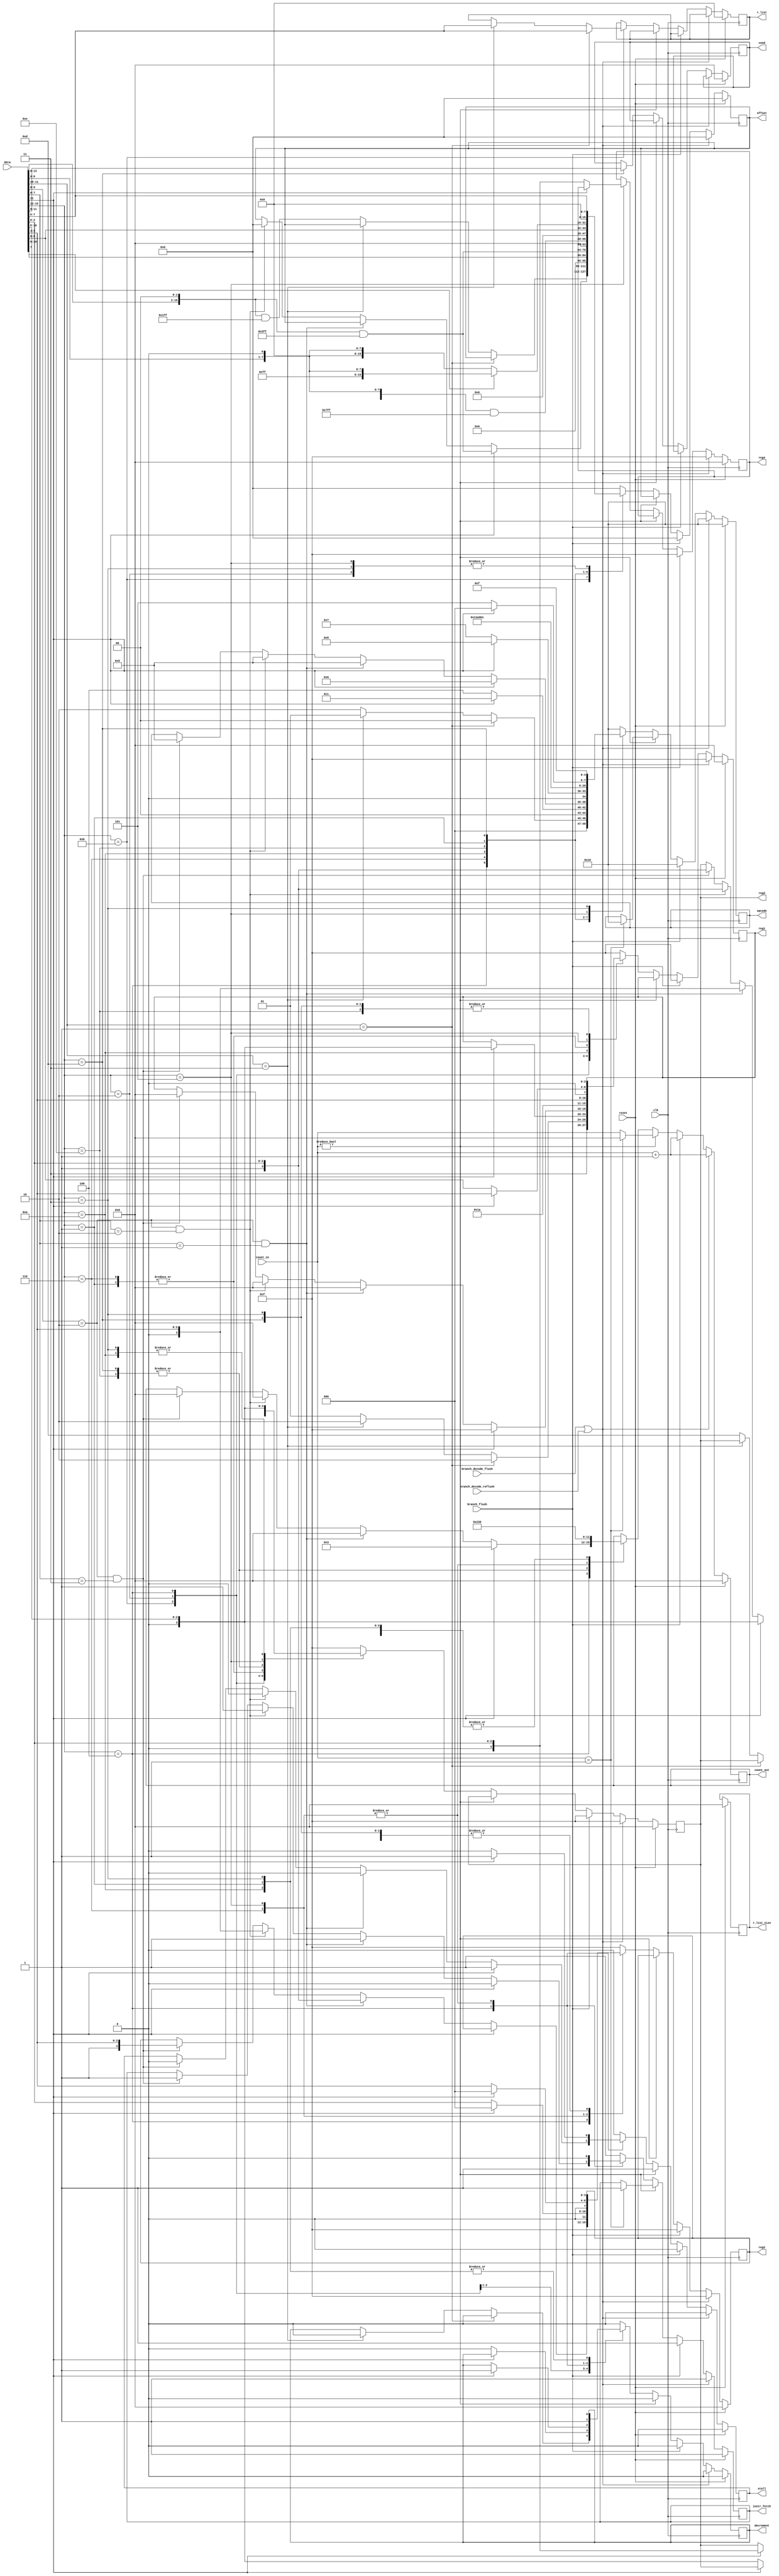
/**
Instruction Decode block
This block accepts instuction code as an input.
The output of the blocks are two registers in operation and an offset, if applicable.
*/
module decode(
	clk,
	data,
	reset,
	branch_flush,
	reg1,
	reg2,
	reg3,
	reg4,
	r_list,
	r_list_size,
	cond,
	offset,
	opcode,
	stall,
	count_in, 
	count_out,
	decrement,
	instr_fetch,
	branch_decode_flush,
	branch_decode_reflush
);

//inputs
input [15:0] data; //instruction code coming from Fetch block
input reset, branch_flush,  branch_decode_flush, branch_decode_reflush, clk; 
input [3:0]count_in;

//outputs
output reg [15:0] offset; //immediate value
output reg [3:0] reg1, reg2, reg3, reg4; //reg1 -> usually sp or pc or lr, reg2 -> source register, reg3 -> destination register
output reg [7:0] r_list; //register list for push and pop instructions
output reg [3:0] cond; //condtion for branching
output reg [3:0] r_list_size, count_out; //count of the registers to be pushed or popped excluding LR
output reg [4:0] opcode; //5 bit opcode
output reg stall, decrement, instr_fetch; //signal to stop PC from incrementing


localparam  PUSH = 0, POP = 1, SUB_SP = 2, CMP = 3, MOVS = 4, MOV = 5, LDR = 6, STR = 7, 
            LDR_NOP = 8, ADD_SP = 9, BRANCH_NC = 10, ADDS_3OP = 11, BRANCH_C = 12, STRB = 13, LDRB = 14, ADDS_2OP = 15, NOP = 16;


always @ (posedge clk) begin
	if(reset) begin
		reg1 <= 4'b0;
		reg2 <= 4'b0;
		reg3 <= 4'b0;
		reg4 <= 4'b0;
		r_list <= 8'b0;
		r_list_size <= 3'b0;
		cond <= 4'b0;
		offset <= 16'b0;
		opcode <= 5'b10000;
		stall <= 1'b0;
		   	//intrs_out - 1 ; mem_data_out - 0
		count_out <= 0;
		decrement <= 0;
		instr_fetch<=1;
		//display("Reset");
	end

	else if(branch_decode_flush||branch_decode_reflush) begin
		//display("DECODE DEFAULT %h", data);
		reg1 <= 4'b1111;
		reg2 <= 4'b1111;
		reg3 <= 4'b1111;
		reg4 <= 4'b1111;
		offset <= 16'b0;
		opcode <= 5'b10000;
		stall <=0;
		instr_fetch<=1;	  
		decrement <= 0;
		count_out<=count_in+1;				
		end

	else if(branch_flush) begin
		//display("DECODE DEFAULT %h", data);
		reg1 <= 4'b1111;
		reg2 <= 4'b1111;
		reg3 <= 4'b1111;
		offset <= 16'b0;
		reg4 <= 4'b1111;
		opcode <= 5'b10000;
		stall <=0;
		instr_fetch<=1;	  
		decrement <= 0;
		count_out<=count_in+1;				
		end
	
	else begin
	if(count_in) begin
		
		count_out <= count_in;
		decrement <= 0;
		stall <= 1'b1;
		//display("Count %h", count_in); 
		
		if(count_in == 1'b1) begin
			//stall <= 0;
			count_out <= 0;
			opcode <=5'b10000;
			instr_fetch<=1;
		end
		
		
	end
	
	else begin
	
	case(data[15:12]) 
				
				4'hB: begin 
					if(data[11:10]==2'b01) begin
						//PUSH r_list, lr
						//display("DECODE Push to Stack %h", data);				
						reg1 <= 4'b1110; //LR
						r_list <= data[7:0];
						//r_list_size <= r_list[0] + r_list[1] + r_list[2] + r_list[3] + r_list[4] + r_list[5] + r_list[6] + r_list[7];
						opcode <= PUSH;
						stall <=0;
						instr_fetch<=1;   
						count_out <= 0;
						decrement <= 0;
						//count_out <= r_list[0] + r_list[1] + r_list[2] + r_list[3] + r_list[4] + r_list[5] + r_list[6] + r_list[7];
					end
					else if (data[11:10]==2'b11) begin
						//POP rlist, lr
						//display("DECODE Pull from Stack");
						reg1 <= 4'b1110; //LR
						r_list <= data[7:0]; 
						//r_list_size <= r_list[0] + r_list[1] + r_list[2] + r_list[3] + r_list[4] + r_list[5] + r_list[6] + r_list[7];
						opcode <= POP;
						stall <=0;
						instr_fetch<=1; 
						count_out <= 0;
						decrement <= 0;  
						//count <= r_list[0] + r_list[1] + r_list[2] + r_list[3] + r_list[4] + r_list[5] + r_list[6] + r_list[7];
					end
					else begin
						//SUB SP,Imm
						//display("DECODE Subtract offset from Static Pointer %h", data);
						reg1 <= 4'b1101; //SP
						reg3 <= 4'b1101;
						offset <= ((data << 2) & 16'h01ff);
						opcode <= SUB_SP;
						stall <=0;
						instr_fetch<=1;      //intrs_out - 1 ; mem_data_out - 0
						count_out <= 0;
					end
				end
	
				4'h2: begin
					if(data[11]==1'b1) begin
						//CMP r3, imm
						//display("DECODE Compare Immediate");
						reg1 <= {1'b0, data[10:8]};
						offset <= {8'b0, data[7:0]};
						opcode <= CMP;
						stall <=0;
						instr_fetch<=1;   
						count_out <= 0;
					end
					else begin
						//MOVS r3, imm
						//display("DECODE Move Immediate");
						reg3 <= {1'b0, data[10:8]};
						offset <= {8'b0, data[7:0]};	
						opcode <= MOVS;		
						stall <=0;
						instr_fetch<=1;   
						count_out <= 0;
						decrement <= 0;
					end
				end
	
				4'h4: begin
					if(data[11]==1'b0) begin
						//MOV 
						//display("DECODE High Register Operation Exchange");
						if(data[9:8] == 2'b10 && data[7:6] == 2'b01) begin
							//MOV Rd, Hs
							reg1 <= 4'b0;
							reg2 <= {1'b1, data[2:0]};
							reg3 <= {1'b0, data[5:3]};
							opcode <= MOV;
							stall <=0;
							instr_fetch<=1;	   
							count_out <= 0;
						end
						else if(data[9:8] == 2'b10 && data[7:6] == 2'b10) begin
							//MOV Hd, Rs
							reg1 <= 4'b0;
							reg2 <= {1'b0, data[5:3]};
							reg3 <= {1'b1, data[2:0]};
							offset <= 16'b0;
							opcode <= MOV;
							stall <= 1'b0;
							instr_fetch<=1;   
							count_out <= 0;
						end
						else if(data[9:8] == 2'b10 && data[7:6] == 2'b11) begin
							//MOV Hd, Hs
							reg1 <= 4'b0;
							reg2 <= {1'b1,data[5:3]};
							reg3 <= {1'b1,data[2:0]};
							opcode <= MOV;
							stall <=0;
							instr_fetch<=1;   
							count_out <= 0;
						end
					end
					else begin
						//LDR r3, [pc, imm]
						//display("DECODE LDR PC Relative Load %h", data);
						reg1 <= 4'b1111; //PC
						reg3 <= {1'b0, data[10:8]};
						offset <= (data << 2) & 16'h03ff; 
						opcode <= LDR;
						stall <= 1'b1;
						count_out <= 3;
						instr_fetch<=0;   	//intrs_out - 1 ; mem_data_out - 0
						decrement <= 1;
					end
				end
					
				4'h6: begin
					
					offset <= {11'b0, data[10:6]}; 
					if(data[11]==1'b0) begin
						//STR r2, [r3, imm]
						reg1 <= {1'b0, data[5:3]};
						reg2 <= {1'b0, data[2:0]};
						reg3 <= {1'b0, data[2:0]};
						//display("DECODE Store Immediate");					
						opcode <= STR;
						stall <= 1'b0;
						instr_fetch<=0;   //For memory operaations
						count_out <= 3;
						decrement <= 1;
					end
					else begin
					//LDR(NOP) ldr r3, [r3, #0]
						reg1 <= {1'b0, data[5:3]};
						reg2 <= 4'b0;
						reg3 <= {1'b0, data[2:0]};
						//display("DECODE Load Immediate"); 
						opcode <= LDR_NOP;
						stall <=1'b1;
						instr_fetch<=0;   
						count_out <= 3;
						decrement <= 1;
					end
				end

				4'hA: //ADD_SP -> add r7, sp, imm
				begin
					//display("DECODE ADD_SP");
					reg1 <= 4'b1101; //SP
					reg3 <= {1'b0, data[10:8]};
					offset <= (data << 2) & 16'h03ff; 
					opcode <= ADD_SP;
					stall <=0;
					instr_fetch<=1;   
					count_out <= 0;	
				end

				4'hE: //branch nc
				begin
					offset <= (data[10:0] << 1) & 16'h07ff;
					opcode <= BRANCH_NC;
					//display("DECODE Unconditional Branching %h", offset);
					stall <=0;
					instr_fetch<=1;
					decrement <= 0;  
					count_out <= 2;
				end
			
				4'h1: //ADDS with 3 operands -> adds r2, r3, imm
				begin
					//display("DECODE Add with 3 operands");
					reg1 <= {1'b0, data[5:3]};
					reg3 <= {1'b0, data[2:0]};
					offset <= {13'b0, data[8:6]};
					opcode <= ADDS_3OP;
					stall <=0;
					instr_fetch<=1;   
					count_out <= 0;
				end

				4'hD: //branch c
				begin
					
					offset <= data[7]? {8'hff, (data[7:0] << 1)}:{8'h00, (data[7:0] << 1)};
					cond <= data[11:8];
					opcode <= BRANCH_C;
					//display("DECODE  Conditional Branching %h", offset);
					stall <=0;
					instr_fetch<=1;
					decrement <= 0;  
					count_out <= 2;
				end

				4'h5: begin
					reg1 <= data[8:6]; //offset register
					reg2 <= data[5:3]; //base register
					
					offset <= {8'b0, data[7:0]};
					if(data[11]==1'b0) begin
						//strb r3, [r2, r1]
						//display("DECODE Store with Register");
						opcode <= STRB;
						reg4 <= data[2:0]; //destination register
						stall <= 1'b0;
						instr_fetch<=0;   //For memory operaations
						count_out <= 3;
						decrement <= 1;
					end
					else begin
						//ldrb r3, [r3, r2]
						//display("DECODE  Load with register Offset");
						opcode <= LDRB;
						
						reg1 <= {1'b0, data[5:3]};
						reg2 <= 4'b0;
						reg3 <= {1'b0, data[2:0]};
						//display("DECODE Load Register"); 
						opcode <= LDR_NOP;
						stall <=1'b1;
						instr_fetch<=0;   
						count_out <= 3;
						decrement <= 1;
					end
				end

				4'h3: begin
					//adds with 2 operands -> add r3, imm
					//display("DECODE  Add Immediate");
					reg3 <= {1'b0,data[10:8]};
					offset <= {8'b0, data[7:0]};
					opcode <= ADDS_2OP;
					stall <=0;
					instr_fetch<=1;   
					count_out <= 0;
				end
				
				
				
				default: begin
					//display("DECODE DEFAULT %h", data);
						reg1 <= 4'b1111;
						reg2 <= 4'b1111;
						reg3 <= 4'b1111;
						offset <= 16'b0;
						opcode <= 5'b10000;
						stall <=0;
						instr_fetch<=1;	  
						decrement <= 0;
					end	
			endcase
		end		
	end
end

endmodule